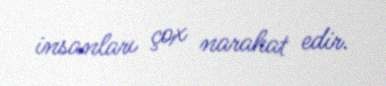
insanları çox narahat edir.